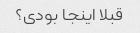
قبلا اینجا بودی؟